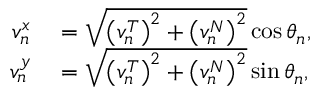
\begin{array} { r l } { v _ { n } ^ { x } } & { { } = \sqrt { \left( v _ { n } ^ { T } \right) ^ { 2 } + \left( v _ { n } ^ { N } \right) ^ { 2 } } \cos \theta _ { n } , } \\ { v _ { n } ^ { y } } & { { } = \sqrt { \left( v _ { n } ^ { T } \right) ^ { 2 } + \left( v _ { n } ^ { N } \right) ^ { 2 } } \sin \theta _ { n } , } \end{array}